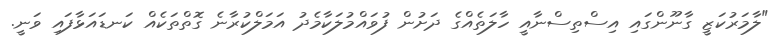
"ލާމަރުކަޒީ ގާނޫންގައި އިސްތިސްނާއީ ހާލަތެއްގެ ދަށުން ފުވައްމުލަކާމެދު އަމަލްކުރާނެ ގޮތްތަކެއް ކަނޑައަޅާފައި ވަނީ.